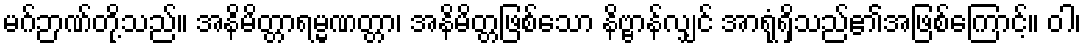
မဂ်ဉာဏ်တို့သည်။ အနိမိတ္တာရမ္မဏတ္တာ၊ အနိမိတ္တဖြစ်သော နိဗ္ဗာန်လျှင် အာရုံရှိသည်၏အဖြစ်ကြောင့်။ ဝါ၊